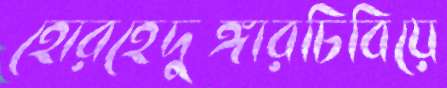
হোরহেদুঙ্গারচিবিয়ে